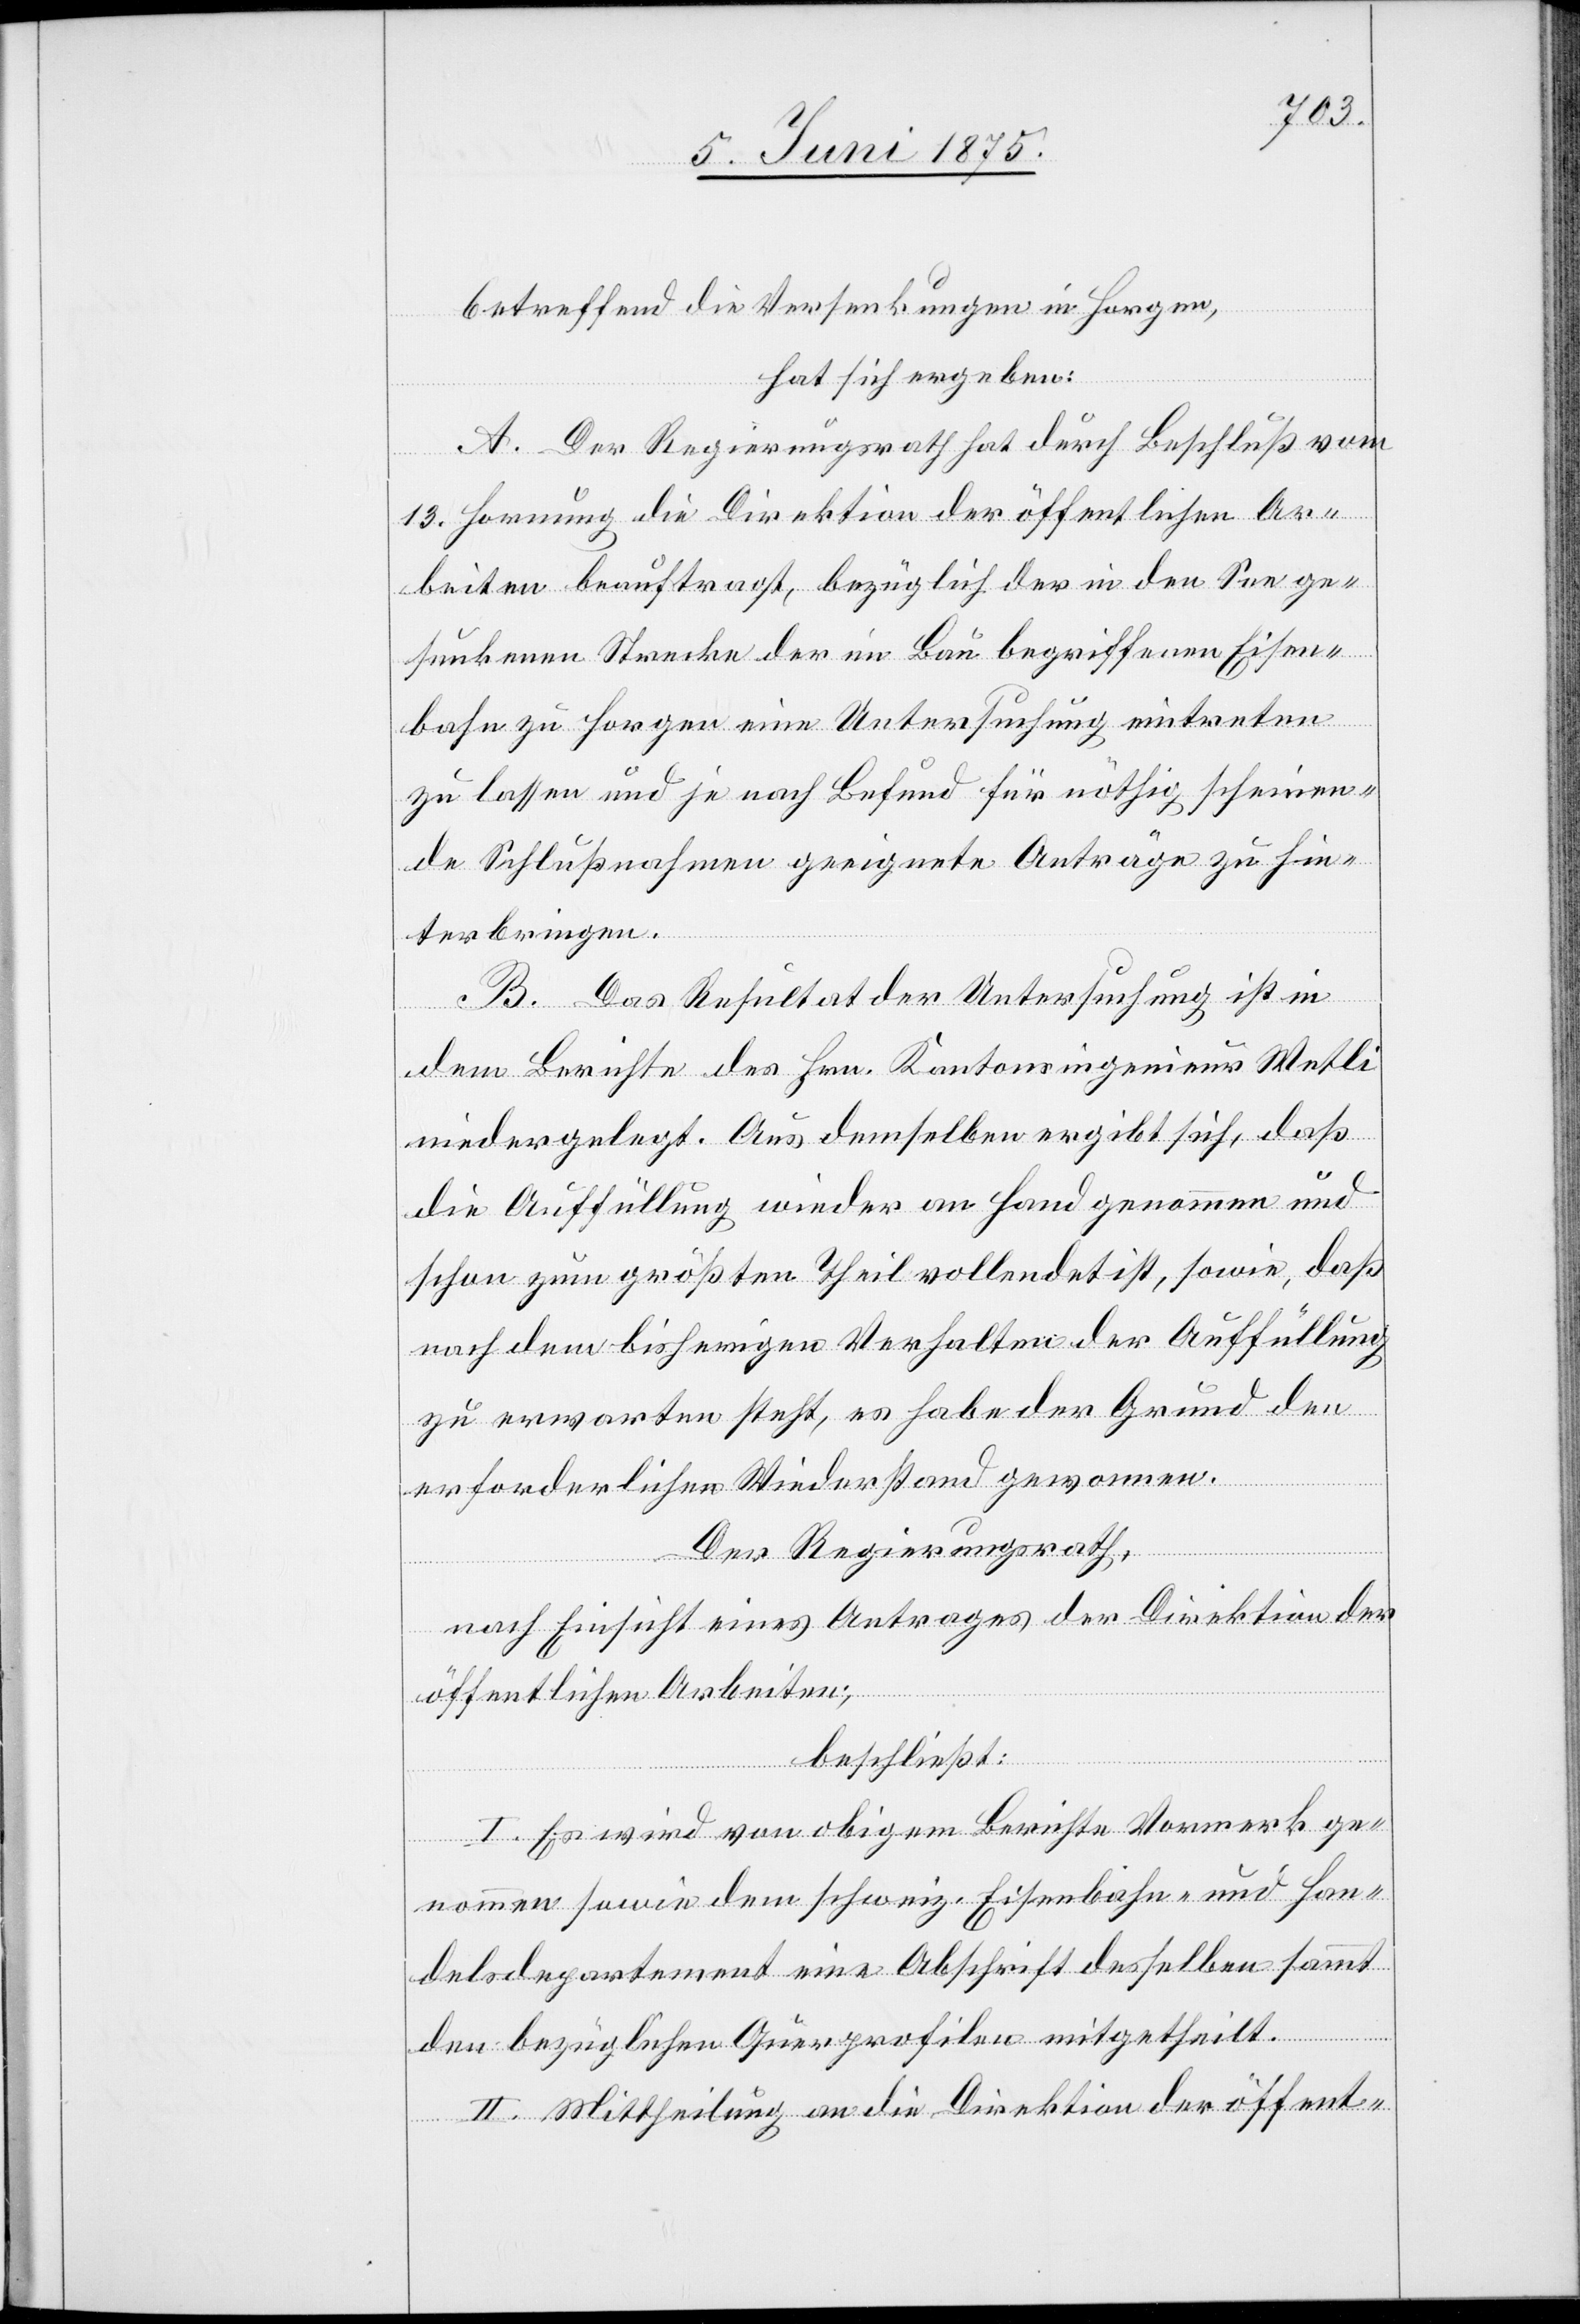
betreffend die Versenkungen in Horgen,
hat sich ergeben:
A. Der Regierungsrath hat durch Beschluß vom
13. Hornung die Direktion der öffentlichen Ar¬
beiten beauftragt, bezüglich der in den See ge¬
sunkenen Strecke der im Bau begriffenen Eisen¬
bahn zu Horgen eine Untersuchung eintreten
zu lassen und je nach Befund für nöthig scheinen¬
de Schlußnahmen geeignete Anträge zu hin¬
terbringen.
B. Das Resultat der Untersuchung ist in
dem Berichte des Hrn. Kantonsingenieur Wetli
niedergelegt. Aus demselben ergibt sich, daß
die Auffüllung wieder an Hand genommen und
schon zum größten Theil vollendet ist, sowie, daß
nach dem bisherigen Verhalten der Auffüllung
zu erwarten steht, es habe der Grund den
erforderlichen Wiederstand [sic!] gewonnen.
Der Regierungsrath,
nach Einsicht eines Antrages der Direktion der
öffentlichen Arbeiten,
beschließt:
I. Es wird vom obigen Berichte Vormerk ge¬
nommen sowie dem schweiz. Eisenbahn- und Han¬
delsdepartement eine Abschrift desselben sammt
den bezüglichen Querprofilen mitgetheilt.
II. Mittheilung an die Direktion der öffent-